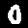
Label: 0